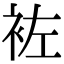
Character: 袏